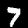
Digit: 7